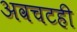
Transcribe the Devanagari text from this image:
अवचटही